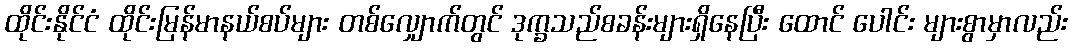
ထိုင်းနိုင်ငံ ထိုင်းမြန်မာနယ်စပ်များ တစ်လျှောက်တွင် ဒုက္ခသည်စခန်းများရှိနေပြီး ထောင် ပေါင်း များစွာမှာလည်း